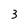
Character: 3